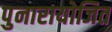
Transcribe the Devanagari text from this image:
पुनारायोजित